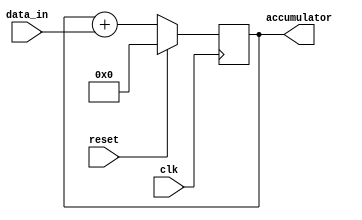
module simple_accumulator(
    input wire clk,
    input wire reset,
    input wire [7:0] data_in,
    output reg [15:0] accumulator
);

always @(posedge clk) begin
    if(reset) begin
        accumulator <= 16'd0;
    end else begin
        accumulator <= accumulator + data_in;
    end
end

endmodule